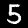
Digit: 5